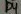
Text: D4